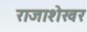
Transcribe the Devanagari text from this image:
राजाशेखर